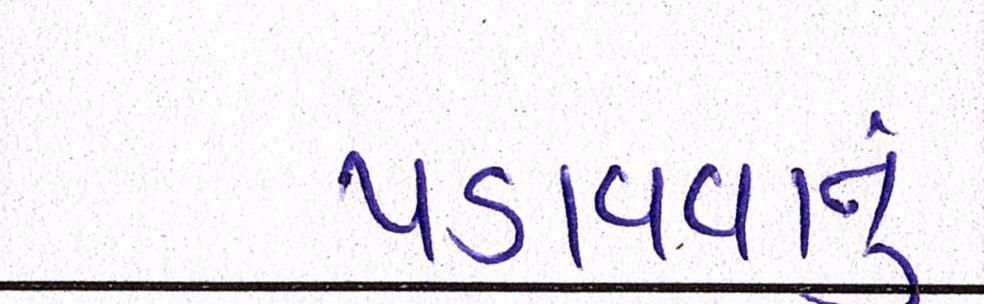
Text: પડાવવાનું